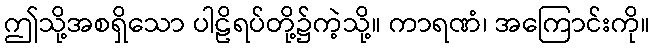
ဤသို့အစရှိသော ပါဠိရပ်တို့၌ကဲ့သို့။ ကာရဏံ၊ အကြောင်းကို။